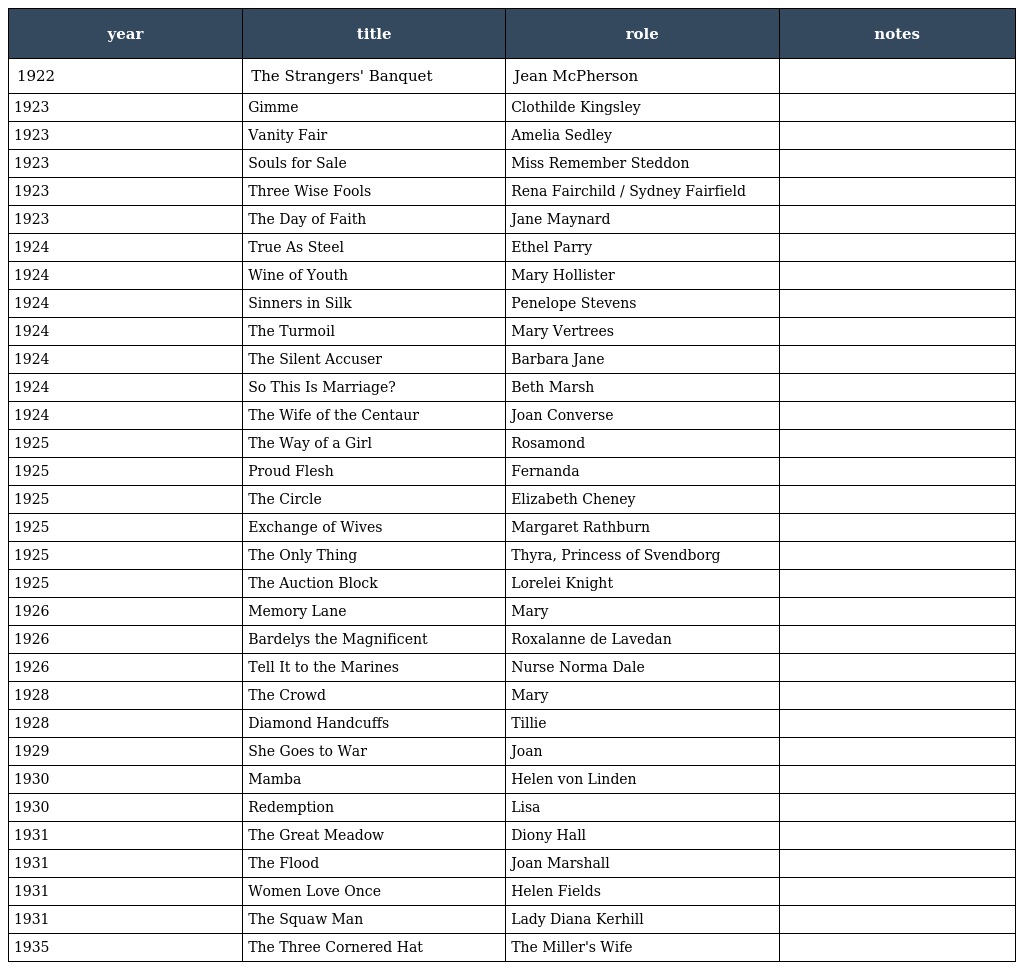
| year | title | role | notes |
 | --- | --- | --- | --- |
 | 1922 | The Strangers' Banquet | Jean McPherson |  |
 | 1923 | Gimme | Clothilde Kingsley |  |
 | 1923 | Vanity Fair | Amelia Sedley |  |
 | 1923 | Souls for Sale | Miss Remember Steddon |  |
 | 1923 | Three Wise Fools | Rena Fairchild / Sydney Fairfield |  |
 | 1923 | The Day of Faith | Jane Maynard |  |
 | 1924 | True As Steel | Ethel Parry |  |
 | 1924 | Wine of Youth | Mary Hollister |  |
 | 1924 | Sinners in Silk | Penelope Stevens |  |
 | 1924 | The Turmoil | Mary Vertrees |  |
 | 1924 | The Silent Accuser | Barbara Jane |  |
 | 1924 | So This Is Marriage? | Beth Marsh |  |
 | 1924 | The Wife of the Centaur | Joan Converse |  |
 | 1925 | The Way of a Girl | Rosamond |  |
 | 1925 | Proud Flesh | Fernanda |  |
 | 1925 | The Circle | Elizabeth Cheney |  |
 | 1925 | Exchange of Wives | Margaret Rathburn |  |
 | 1925 | The Only Thing | Thyra, Princess of Svendborg |  |
 | 1925 | The Auction Block | Lorelei Knight |  |
 | 1926 | Memory Lane | Mary |  |
 | 1926 | Bardelys the Magnificent | Roxalanne de Lavedan |  |
 | 1926 | Tell It to the Marines | Nurse Norma Dale |  |
 | 1928 | The Crowd | Mary |  |
 | 1928 | Diamond Handcuffs | Tillie |  |
 | 1929 | She Goes to War | Joan |  |
 | 1930 | Mamba | Helen von Linden |  |
 | 1930 | Redemption | Lisa |  |
 | 1931 | The Great Meadow | Diony Hall |  |
 | 1931 | The Flood | Joan Marshall |  |
 | 1931 | Women Love Once | Helen Fields |  |
 | 1931 | The Squaw Man | Lady Diana Kerhill |  |
 | 1935 | The Three Cornered Hat | The Miller's Wife |  |